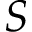
S